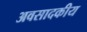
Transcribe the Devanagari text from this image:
अवसादकीय